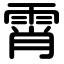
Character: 霄